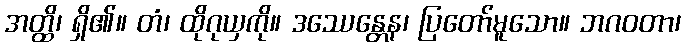
အတ္ထိ၊ ရှိ၏။ တံ၊ ထိုဂုယှကို။ ဒဿေန္တေန၊ ပြတော်မူသော။ ဘဂဝတာ၊